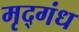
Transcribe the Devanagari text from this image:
मृद्‌गंध